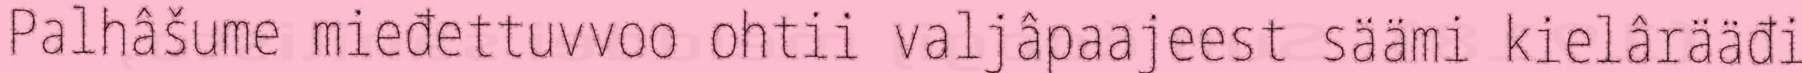
Palhâšume mieđettuvvoo ohtii valjâpaajeest säämi kielârääđi